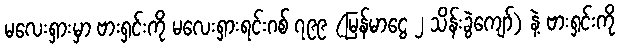
မလေးရှားမှာ ဗားရှင်းကို မလေးရှားရင်းဂစ် ၇၉၉ (မြန်မာငွေ ၂ သိန်းခွဲကျော်) နဲ့ ဗားရှင်းကို